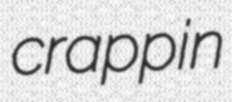
crappin